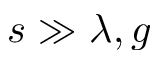
s \gg \lambda , g